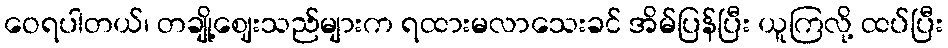
ဝေရပါတယ်၊ တချို့ဈေးသည်များက ရထားမလာသေးခင် အိမ်ပြန်ပြီး ယူကြလို့ ထပ်ပြီး